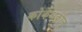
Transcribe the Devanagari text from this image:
कोर्केअकौलू